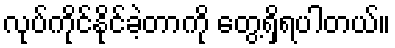
လုပ်ကိုင်နိုင်ခဲ့တာကို တွေ့ရှိရပါတယ်။